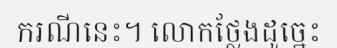
ករណីនេះ។ លោកថ្លែងដូច្នេះ